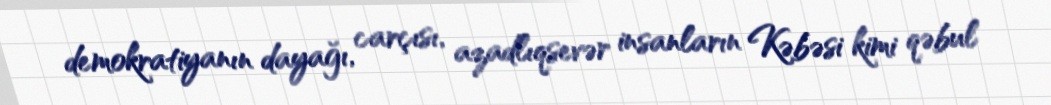
demokratiyanın dayağı, carçısı, azadlıqsevər insanların Kəbəsi kimi qəbul